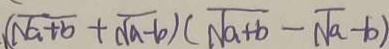
( \sqrt { a + b } + \sqrt { a - b } ) ( \sqrt { a + b } - \sqrt { a - b } )